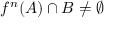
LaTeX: f ^ { n } ( A ) \cap B \neq \varnothing